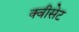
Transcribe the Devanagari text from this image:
क्वीसेट